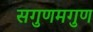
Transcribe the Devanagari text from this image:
सगुणमगुण